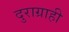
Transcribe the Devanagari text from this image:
दुराग्राही